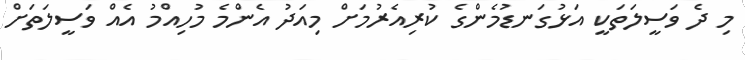
މި ދެ ވަސީލަތަކީ އަޅުގަނޑުމެންގެ ކުރިއެރުމަށް މިއަދު އެންމެ މުހިއްމު އެއް ވަސީލަތަށް